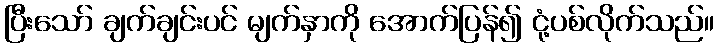
ပြီးသော် ချက်ချင်းပင် မျက်နှာကို အောက်ပြန်၍ ငုံ့ပစ်လိုက်သည်။